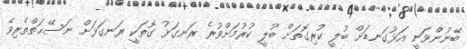
ބޭނުންވަނީ އަޅުގަނޑަށް ބުލީ ކުރިގޮތަށް ބުލީ ކުރުމަށްވުރެ ރަނގަޅު ގޮތަކީ ރަނގަޅަށް ނަސޭޙަތްތެރިވެ